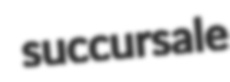
succursale